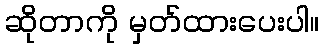
ဆိုတာကို မှတ်ထားပေးပါ။